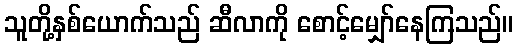
သူတို့နှစ်ယောက်သည် ဆီလာကို စောင့်မျှော်နေကြသည်။